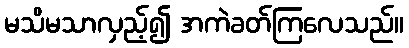
မသိမသာလှည့်၍ အကဲခတ်ကြလေသည်။